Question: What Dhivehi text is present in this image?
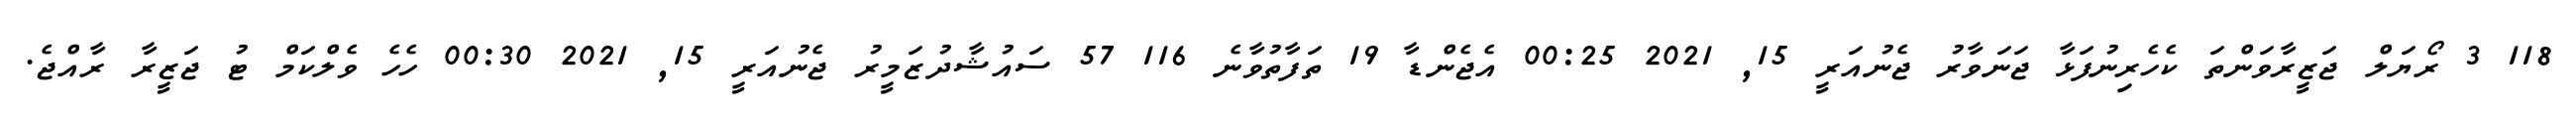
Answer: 118 3 ރޯޔަލް ޖަޒީރާވަންތަ ކެހެރިނުފަޅާ ޖަނަވާރު ޖެނުއަރީ 15, 2021 00:25 އެޖެންޑާ 19 ތަފާތުވާނެ 116 57 ސައުޝާދުޒަމީރު ޖެނުއަރީ 15, 2021 00:30 ހެހެ ވެލްކަމް ޓު ޖަޒީރާ ރާއްޖެ.